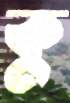
কু